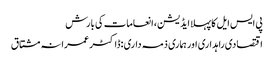
پی ایس ایل کا پہلا ایڈیشن، انعامات کی بارش
اقتصادی راہداری اور ہماری ذمہ داری :ڈاکٹر عمرانہ مشتاق